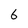
Character: 6